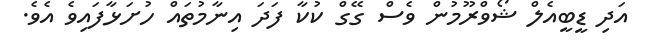
އަދި ޑީބީއެލް ޝޯވްރޫމުން ވެސް ގޭގް ކުކާ ފަދަ އިނާމުތައް ހުށަޅާފައިވެ އެވެ.